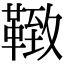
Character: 𩋩